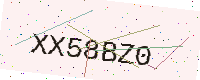
Text: XX58BZ0